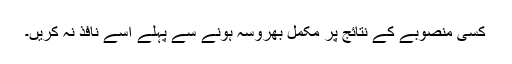
کسی منصوبے کے نتائج پر مکمل بھروسہ ہونے سے پہلے اسے نافذ نہ کریں۔